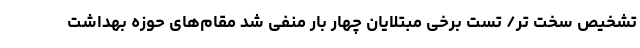
تشخیص سخت ‌تر/ تست برخی مبتلایان چهار بار منفی شد مقام‌های حوزه بهداشت